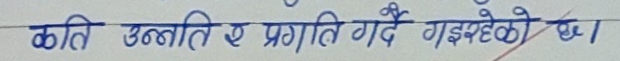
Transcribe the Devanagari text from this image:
कति उन्नति ए प्रगति गर्दै गइरहेको छ।